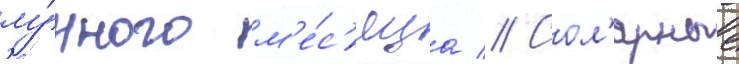
лу́нного м'е́с'яца // Сол'ярные